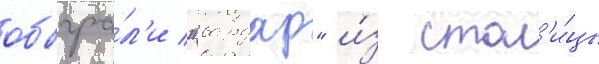
обыгра́л'и "вардар" и́з стол'и́цы